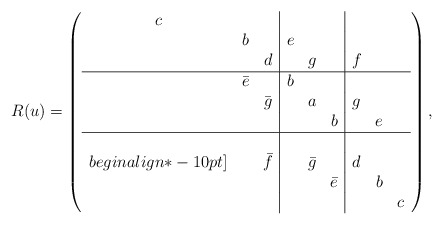
\begin{align*}R(u)=\left(\begin{array}{ccc|ccc|ccc} c & & & & & & & & \\ & b & & e & & & & &\\ & & d & & g & & f & &\\ \hline & \bar{e} & & b & & & & &\\ & & \bar{g}& & a & & g & &\\ & & & & & b & & e &\\ \hline & & & & & & & &\\begin{align*}-10pt] & & \bar{f} & & \bar{g} & & d & &\\ & & & & & \bar{e} & & b &\\ & & & & & & & & c \end{array} \right),\end{align*}